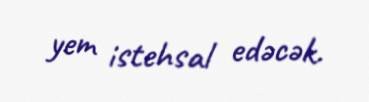
yem istehsal edəcək.